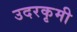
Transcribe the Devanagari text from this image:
उदरकृमी